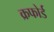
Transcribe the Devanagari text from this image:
क्रफोर्ड